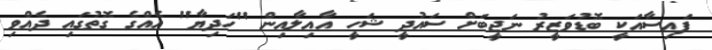
ފައިސާއަކީ ބޮޑުވަޒީރު ނަޖީބަށް ސައުދީ ޝަހީ އާއިލާއިން "ހަދިޔާ" އެއްގެ ގޮތުގައި ދެއްވި